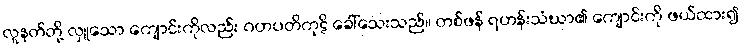
လူနတ်တို့ လှူသော ကျောင်းကိုလည်း ဂဟပတိကုဋိ ခေါ်သေးသည်။ တစ်ဖန် ရဟန်းသံဃာ၏ ကျောင်းကို ဖယ်ထား၍